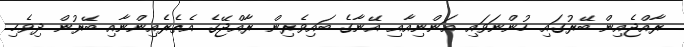
ރާއްޖެއިން ބޭރުގައި ހުންނަވައި އަންނިއާއި އޭނާގެ ބައިވެރިން ރާއްޖޭގެ އެތެރެއިންނާއި ބޭރުން ދިވެހި